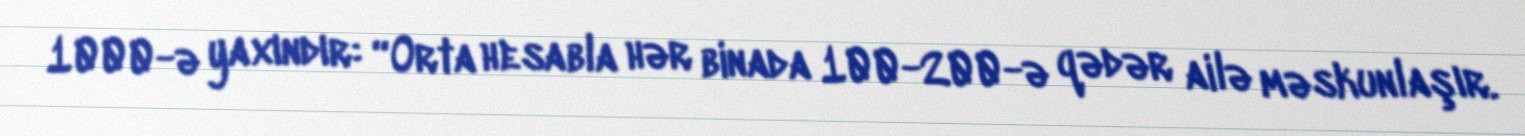
1000-ə yaxındır: “Orta hesabla hər binada 100-200-ə qədər ailə məskunlaşır.